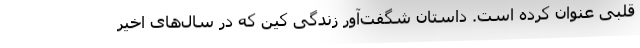
قلبی عنوان کرده است. داستان شگفت‌آور زندگی کین که در سال‌های اخیر